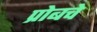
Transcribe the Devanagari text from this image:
प्रोबचे